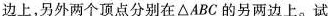
边上，另外两个顶点分别在△ABC的另两边上。试